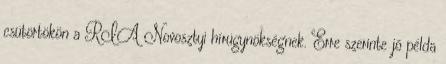
csütörtökön a RIA Novosztyi hírügynökségnek. Erre szerinte jó példa